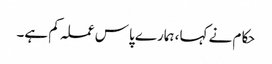
حکام نے کہا، ہمارے پاس عملہ کم ہے۔